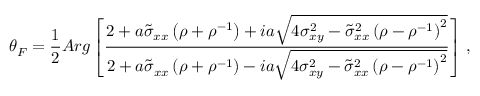
\theta _ { F } = \frac { 1 } { 2 } A r g \left[ \frac { 2 + a \tilde { \sigma } _ { x x } \left( \rho + \rho ^ { - 1 } \right) + i a \sqrt { 4 \sigma _ { x y } ^ { 2 } - \tilde { \sigma } _ { x x } ^ { 2 } \left( \rho - \rho ^ { - 1 } \right) ^ { 2 } } } { 2 + a \tilde { \sigma } _ { x x } \left( \rho + \rho ^ { - 1 } \right) - i a \sqrt { 4 \sigma _ { x y } ^ { 2 } - \tilde { \sigma } _ { x x } ^ { 2 } \left( \rho - \rho ^ { - 1 } \right) ^ { 2 } } } \right] \, ,